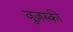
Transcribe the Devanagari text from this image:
बुज़स्की